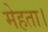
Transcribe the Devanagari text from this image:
मेहता।